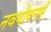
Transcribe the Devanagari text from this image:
नवयौवनाएँ